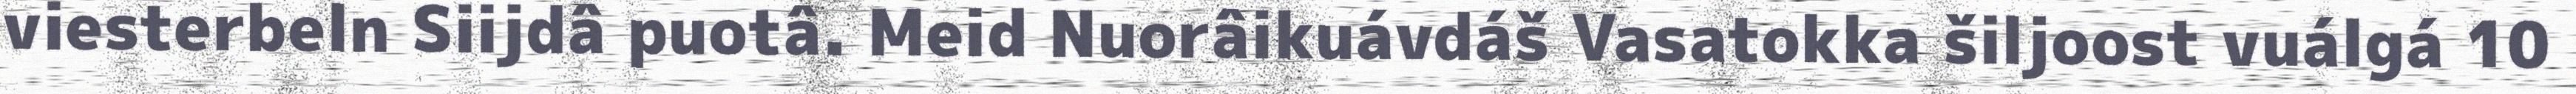
viesterbeln Siijdâ puotâ. Meid Nuorâikuávdáš Vasatokka šiljoost vuálgá 10